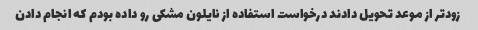
زود‌تر از موعد تحویل دادند درخواست استفاده از نایلون مشکی رو داده بودم که انجام دادن